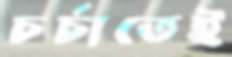
চর্চাতেই